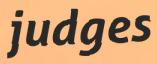
judges